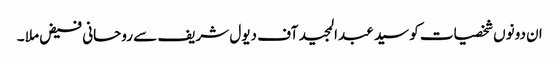
ان دونوں شخصیات کو سید عبدالمجید آف دیول شریف سے روحانی فیض ملا ۔